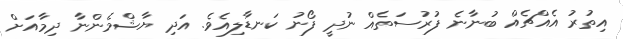
އިތުރު އެއްޗެއް ބުނާނެ ފުރުސަތެއް ނުދީ ފޯނު ކަނޑާލިއެވެ. އަދި ޔާޝްމެންނާ ދިމާއަށް